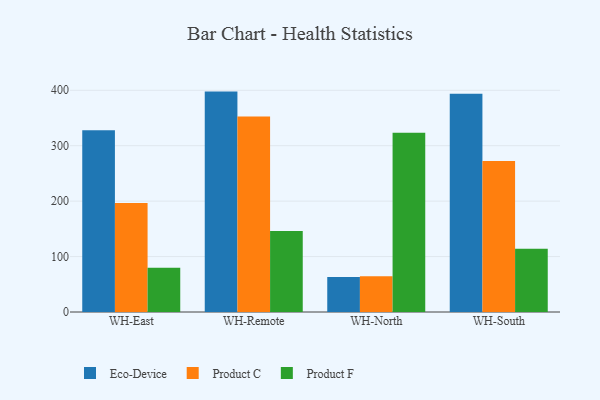
{"axis": {"x": "Warehouse", "y": "Website Visitors"}, "legend": ["Eco-Device", "Product C", "Product F"], "data": [{"x": "WH-East", "y": 328.1, "type": "Eco-Device"}, {"x": "WH-East", "y": 196.7, "type": "Product C"}, {"x": "WH-East", "y": 80.0, "type": "Product F"}, {"x": "WH-Remote", "y": 397.6, "type": "Eco-Device"}, {"x": "WH-Remote", "y": 352.9, "type": "Product C"}, {"x": "WH-Remote", "y": 146.0, "type": "Product F"}, {"x": "WH-North", "y": 63.1, "type": "Eco-Device"}, {"x": "WH-North", "y": 64.4, "type": "Product C"}, {"x": "WH-North", "y": 323.3, "type": "Product F"}, {"x": "WH-South", "y": 393.7, "type": "Eco-Device"}, {"x": "WH-South", "y": 272.4, "type": "Product C"}, {"x": "WH-South", "y": 114.2, "type": "Product F"}]}